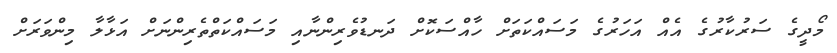
މޯދީގެ ސަރުކާރުގެ އެއް އަހަރުގެ މަސައްކަތަށް ހާއްސަކޮށް ދަނޑުވެރިންނާއި މަސައްކަތްތެރިންނަށް އަޅާލާ މިންވަރަށް